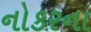
નોકરના